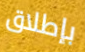
بإطلاق